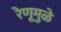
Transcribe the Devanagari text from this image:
रेणूमुळे